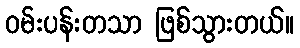
ဝမ်းပန်းတသာ ဖြစ်သွားတယ်။